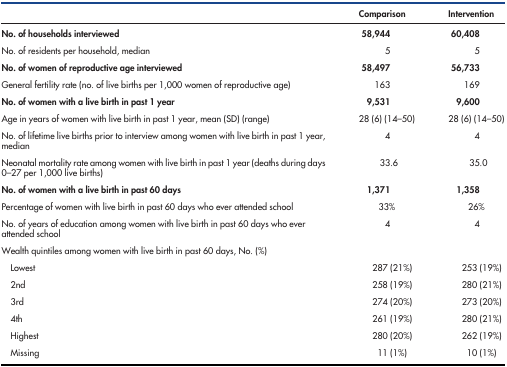
<table><thead><tr><td></td><td><b>Comparison</b></td><td><b>Intervention</b></td></tr></thead><tbody><tr><td><b>No. of households interviewed</b></td><td><b>58,944</b></td><td><b>60,408</b></td></tr><tr><td>No. of residents per household, median</td><td>5</td><td>5</td></tr><tr><td><b>No. of women of reproductive age interviewed</b></td><td><b>58,497</b></td><td><b>56,733</b></td></tr><tr><td>General fertility rate (no. of live births per 1,000 women of reproductive age)</td><td>163</td><td>169</td></tr><tr><td><b>No. of women with a live birth in past 1 year</b></td><td><b>9,531</b></td><td><b>9,600</b></td></tr><tr><td>Age in years of women with live birth in past 1 year, mean (SD) (range)</td><td>28 (6) (14–50)</td><td>28 (6) (14–50)</td></tr><tr><td>No. of lifetime live births prior to interview among women with live birth in past 1 year, median</td><td>4</td><td>4</td></tr><tr><td>Neonatal mortality rate among women with live birth in past 1 year (deaths during days 0–27 per 1,000 live births)</td><td>33.6</td><td>35.0</td></tr><tr><td><b>No. of women with a live birth in past 60 days</b></td><td><b>1,371</b></td><td><b>1,358</b></td></tr><tr><td>Percentage of women with live birth in past 60 days who ever attended school</td><td>33%</td><td>26%</td></tr><tr><td>No. of years of education among women with live birth in past 60 days who ever attended school</td><td>4</td><td>4</td></tr><tr><td>Wealth quintiles among women with live birth in past 60 days, No. (%)</td><td></td><td></td></tr><tr><td>Lowest</td><td>287 (21%)</td><td>253 (19%)</td></tr><tr><td>2nd</td><td>258 (19%)</td><td>280 (21%)</td></tr><tr><td>3rd</td><td>274 (20%)</td><td>273 (20%)</td></tr><tr><td>4th</td><td>261 (19%)</td><td>280 (21%)</td></tr><tr><td>Highest</td><td>280 (20%)</td><td>262 (19%)</td></tr><tr><td>Missing</td><td>11 (1%)</td><td>10 (1%)</td></tr></tbody></table>